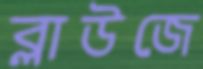
ব্লাউজে